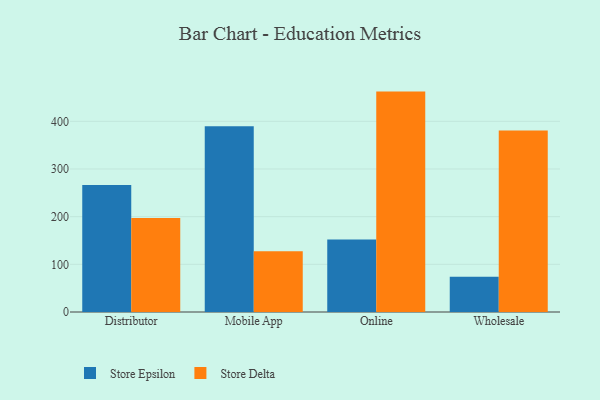
{"axis": {"x": "Channel", "y": "Budget (USD K)"}, "legend": ["Store Delta", "Store Epsilon"], "data": [{"x": "Distributor", "y": 266.2, "type": "Store Epsilon"}, {"x": "Distributor", "y": 197.1, "type": "Store Delta"}, {"x": "Mobile App", "y": 389.9, "type": "Store Epsilon"}, {"x": "Mobile App", "y": 127.5, "type": "Store Delta"}, {"x": "Online", "y": 152.2, "type": "Store Epsilon"}, {"x": "Online", "y": 462.4, "type": "Store Delta"}, {"x": "Wholesale", "y": 73.9, "type": "Store Epsilon"}, {"x": "Wholesale", "y": 380.9, "type": "Store Delta"}]}